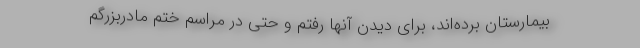
بیمارستان برده‌اند، برای دیدن آنها رفتم و حتی در مراسم ختم مادربزرگم